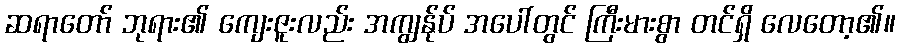
ဆရာတော် ဘုရား၏ ကျေးဇူးလည်း အကျွန်ုပ် အပေါ်တွင် ကြီးမားစွာ တင်ရှိ လေတော့၏။